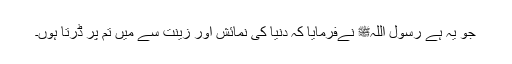
جو یہ ہے رسول اللہﷺ نےفرمایا کہ دنیا کی نمائش اور زینت سے میں تم پر ڈرتا ہوں۔